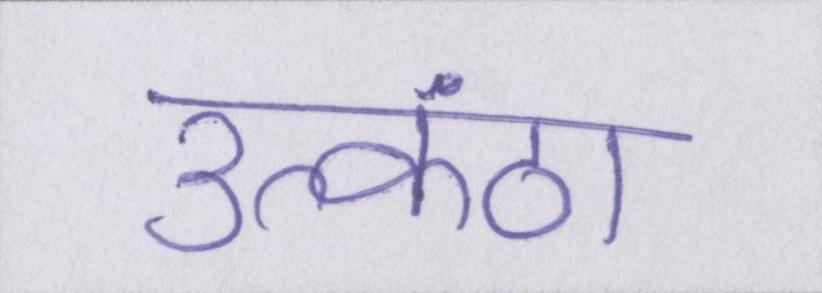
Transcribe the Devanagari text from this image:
उत्कंठा